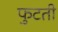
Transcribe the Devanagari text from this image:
फुटती